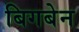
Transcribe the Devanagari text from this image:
बिगबेन